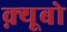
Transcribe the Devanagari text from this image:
क़्यूबो